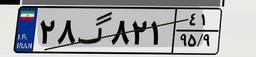
۱۵گ۲۴۷۷۱